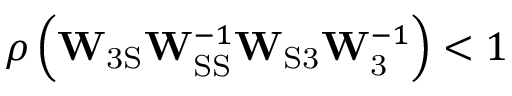
\rho \left( \mathbf { W } _ { \mathrm { 3 S } } \mathbf { W } _ { \mathrm { S S } } ^ { - 1 } \mathbf { W } _ { \mathrm { S 3 } } \mathbf { W } _ { \mathrm { 3 } } ^ { - 1 } \right) < 1